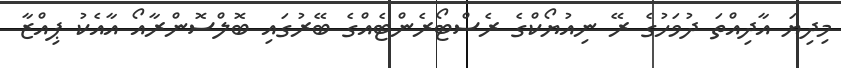
މިދިޔަ އާދިއްތަ ދުވަހުގެ ރޭ ނިއުޔޯކްގެ ރެސްޓޯރެންޓެއްގެ ބޭރުގައި ބޮލްސޮންރާއޯ އާއެކު ޕިއްޒާ